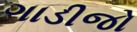
ગાડીજો